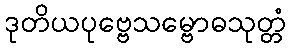
ဒုတိယပုဗ္ဗေသမ္ဗောဓသုတ္တံ